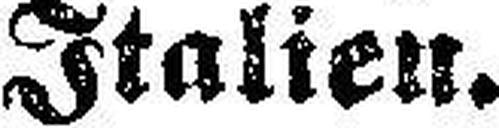
Italien.